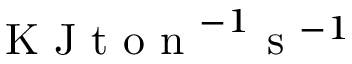
\mathrm { ~ K ~ J ~ t ~ o ~ n ~ } ^ { - 1 } \mathrm { ~ s ~ } ^ { - 1 }